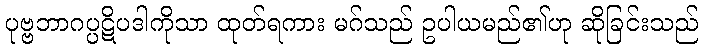
ပုဗ္ဗဘာဂပ္ပဋိပဒါကိုသာ ထုတ်ရကား မဂ်သည် ဥပါယမည်၏ဟု ဆိုခြင်းသည်